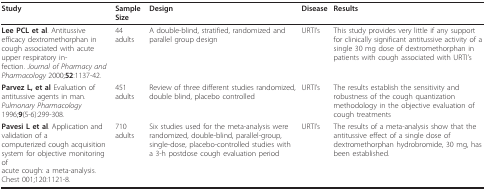
<table><thead><tr><td><b>Study</b></td><td><b>Sample Size</b></td><td><b>Design</b></td><td><b>Disease</b></td><td><b>Results</b></td></tr></thead><tbody><tr><td><b>Lee PCL et al</b>. Antitussive efficacy dextromethorphan in cough associated with acute upper respiratory in-fection. <i>Journal of Pharmacy and Pharmacology </i>2000;<b>52</b>:1137-42.</td><td>44 adults</td><td>A double-blind, stratified, randomized and parallel group design</td><td>URTI&#x27;s</td><td>This study provides very little if any support for clinically significant antitussive activity of a single 30 mg dose of dextromethorphan in patients with cough associated with URTI&#x27;s</td></tr><tr><td><b>Parvez L, et al </b>Evaluation of antitussive agents in man. <i>Pulmonary Pharmacology</i>1996;<b>9</b>(5-6):299-308.</td><td>451 adults</td><td>Review of three different studies randomized, double blind, placebo controlled</td><td>URTI&#x27;s</td><td>The results establish the sensitivity and robustness of the cough quantization methodology in the objective evaluation of cough treatments</td></tr><tr><td><b>Pavesi L et al</b>. Application and validation of acomputerized cough acquisition system for objective monitoring ofacute cough: a meta-analysis. Chest 001;120:1121-8.</td><td>710 adults</td><td>Six studies used for the meta-analysis were randomized, double-blind, parallel-group, single-dose, placebo-controlled studies with a 3-h postdose cough evaluation period</td><td>URTI&#x27;s</td><td>The results of a meta-analysis show that the antitussive effect of a single dose of dextromethorphan hydrobromide, 30 mg, has been established.</td></tr></tbody></table>